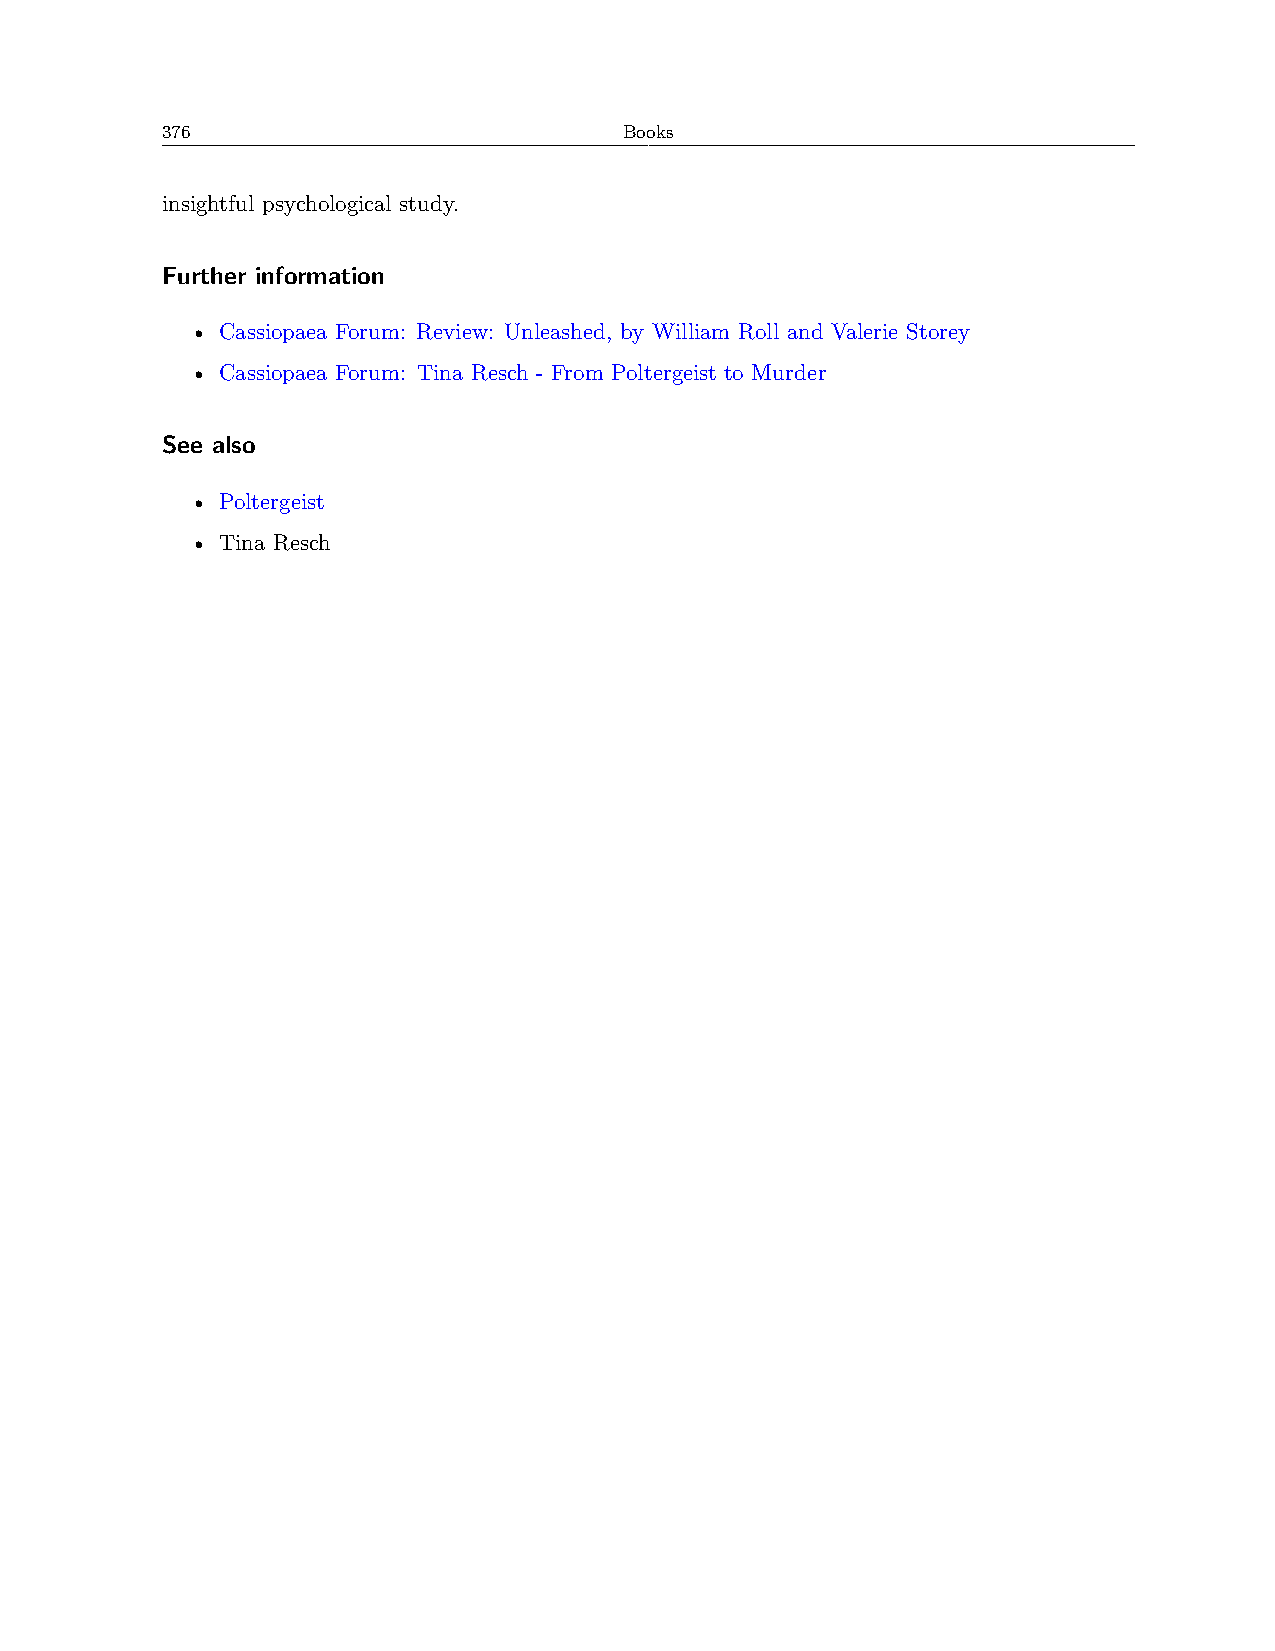
376                           Books
 insightful psychological study.
 Further information
 • Cassiopaea Forum: Review: Unleashed, by William Roll and Valerie Storey
 • Cassiopaea Forum: Tina Resch - From Poltergeist to Murder
 See also
 • Poltergeist
 • Tina Resch